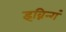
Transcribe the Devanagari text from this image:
इव्निन्गं